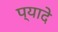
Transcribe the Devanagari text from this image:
प्‍यादे